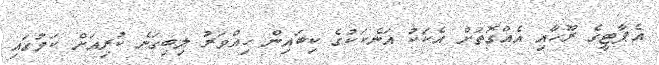
އެޕާޓީގެ ރޫހާއި އެއްގޮތަށް އެކަކު އަނެކަކުގެ ކިބައިން ހިއްވަރު ލިބިގަނެ ކުރިއަށް ކަމުގައި